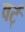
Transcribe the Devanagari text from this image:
वर्ट्